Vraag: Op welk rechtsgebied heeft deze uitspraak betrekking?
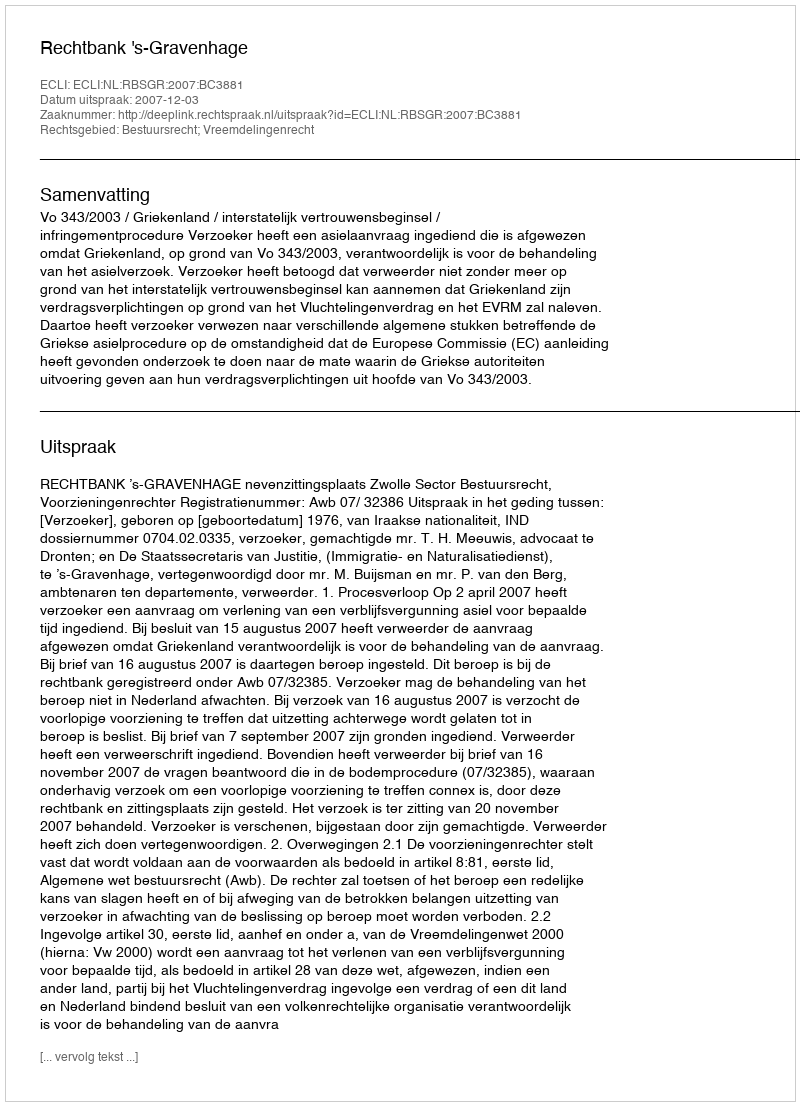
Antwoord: Bestuursrecht; Vreemdelingenrecht